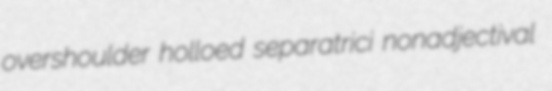
overshoulder holloed separatrici nonadjectival